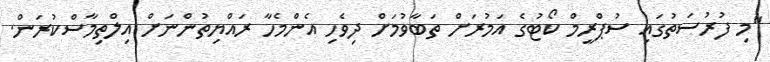
"މި ފުރުސަތުގައި ސުޕްރީމް ކޯޓުގެ އަމުރަށް ތަބާވުމަށް ދިވެހި އެންމެހާ ރައްޔިތުންނަށް އިލްތިމާސްކުރަން.